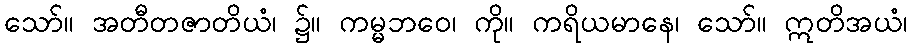
သော်။ အတီတဇာတိယံ၊ ၌။ ကမ္မဘဝေ၊ ကို။ ကရိယမာနေ၊ သော်။ ဣတိအယံ၊